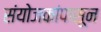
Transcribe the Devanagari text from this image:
संयोजकांपासून